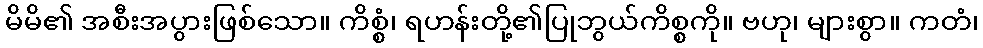
မိမိ၏ အစီးအပွားဖြစ်သော။ ကိစ္စံ၊ ရဟန်းတို့၏ပြုဘွယ်ကိစ္စကို။ ဗဟု၊ များစွာ။ ကတံ၊